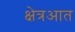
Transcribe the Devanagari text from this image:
क्षेत्रआत